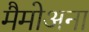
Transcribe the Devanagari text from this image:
मैमोअना